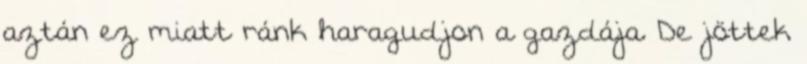
aztán ez miatt ránk haragudjon a gazdája. De jöttek